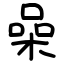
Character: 喿